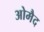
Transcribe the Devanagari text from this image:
ओमैद